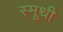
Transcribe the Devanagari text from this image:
स्मूथी